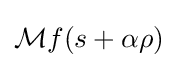
{\mathcal {M}}f(s+\alpha \rho )